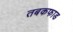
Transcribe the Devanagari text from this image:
तबकफाड